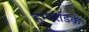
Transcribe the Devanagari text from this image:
हम्परडिंक